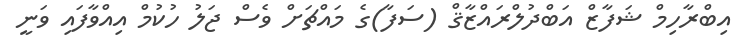
އިބްރާހިމް ޝަފާޒް އަބްދުލްރައްޒާޤް (ސަފާ)ގެ މައްޗަށް ވެސް ޖަލު ހުކުމް އިއްވާފައި ވަނީ